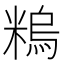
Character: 𥻼